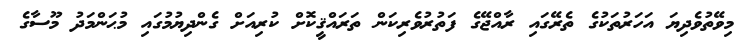
މިވޭތުވެދިޔަ އަހަރުތަކުގެ ތެރޭގައި ރާއްޖޭގެ ފަތުރުވެރިކަން ތަރައްޤީކޮށް ކުރިއަށް ގެންދިޔުމުގައި މުޙަންމަދު މޫސާގެ